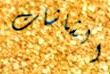
الشاشات